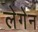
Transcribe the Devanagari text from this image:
लेगेन